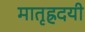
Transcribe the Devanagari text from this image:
मातृह्रदयी